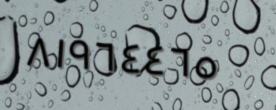
٨١٩٦٤٤٦٥